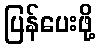
ပြန်ပေးဖို့